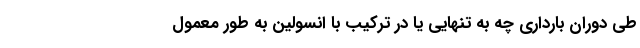
طی دوران بارداری چه به تنهایی یا در ترکیب با انسولین به طور معمول